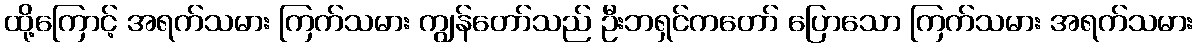
ထို့ကြောင့် အရက်သမား ကြက်သမား ကျွန်တော်သည် ဦးဘရှင်ကတော် ပြောသော ကြက်သမား အရက်သမား